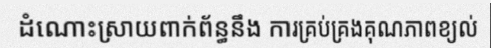
ដំណោះស្រាយពាក់ព័ន្ធនឹង ការគ្រប់គ្រងគុណភាពខ្យល់